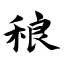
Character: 稂